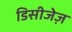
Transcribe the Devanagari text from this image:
डिसीजेज़